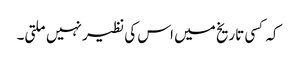
کہ کسی تاریخ میں اس کی نظیر نہیں ملتی۔